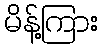
မိန့်ကြား